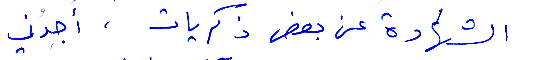
الشهادة عن بعض ذكريات، اجدني